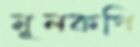
মূলকপি